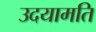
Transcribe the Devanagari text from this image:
उदयामति